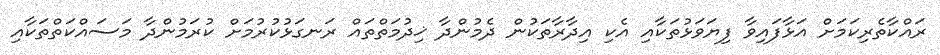
ރައްކާތެރިކަމަށް އަޅާފައިވާ ފިޔަވަޅުތަކާއި އެކި އިދާރާތަކުން ދެމުންދާ ޚިދުމަތްތައް ރަނގަޅުކުރުމަށް ކުރަމުންދާ މަސައްކަތްތަކާއި